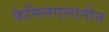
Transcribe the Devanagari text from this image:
फेनिलएलानीन